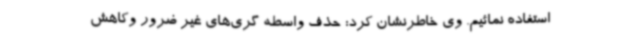
استفاده نمائیم. وی خاطرنشان کرد: حذف واسطه گری‌های غیر ضرور وکاهش